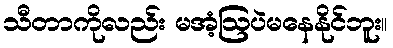
သီတာကိုလည်း မအံ့ဩပဲမနေနိုင်ဘူး။